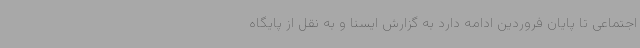
اجتماعی تا پایان فروردین ادامه دارد به گزارش ایسنا و به نقل از پایگاه